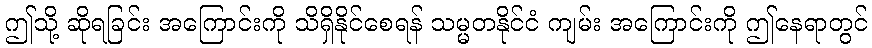
ဤသို့ ဆိုရခြင်း အကြောင်းကို သိရှိနိုင်စေရန် သမ္မတနိုင်ငံ ကျမ်း အကြောင်းကို ဤနေရာတွင်